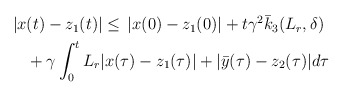
\begin{align*}\begin{aligned}|x&(t)-z_1(t)| \le \,|x(0)-z_1(0)| + t\gamma^2 \bar{k}_3(L_r,\delta) \\&+ \gamma \int_0^tL_r|x(\tau)-z_1(\tau)| + |\bar{y}(\tau)-z_2(\tau)|d\tau\end{aligned}\end{align*}